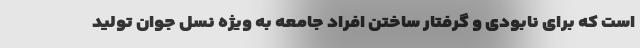
است که برای نابودی و گرفتار ساختن افراد جامعه به ویژه نسل جوان تولید